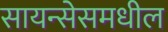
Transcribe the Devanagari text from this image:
सायन्सेसमधील